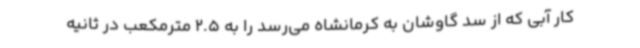
کار آبی که از سد گاوشان به کرمانشاه می‌رسد را به 2.5 مترمکعب در ثانیه